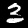
Label: 3